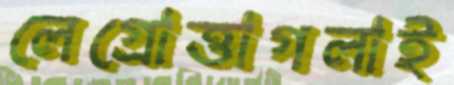
লেগ্রোত্তাগলাই